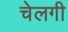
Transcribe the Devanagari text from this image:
चेलगी